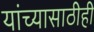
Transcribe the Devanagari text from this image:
यांच्यासाठीही